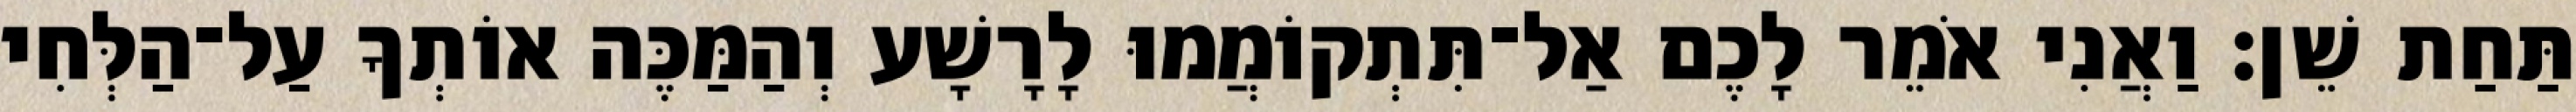
תַּחַת שֵׁן׃ וַאֲנִי אֹמֵר לָכֶם אַל־תִּתְקוֹמֲמוּ לָרָשָׁע וְהַמַּכֶּה אוֹתְךָ עַל־הַלְּחִי